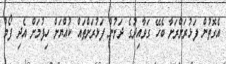
އެގޮތުން ފަޅުރަށްރަށާ ބެހޭ ގަވާއިދުގެ ދަށުން ފަޅުރަށްތައް ކުއްޔަށް ހިފުމަށް އެދި ފޯމް